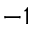
- 1